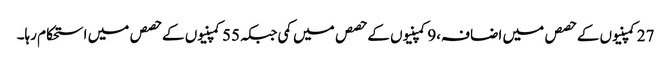
27کمپنیوں کے حصص میں اضافہ،9کمپنیوں کے حصص میں کمی جبکہ55کمپنیوں کے حصص میں استحکام رہا۔